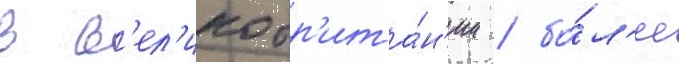
в в'ел'икобр'ита́н'ии / бо́л'ее